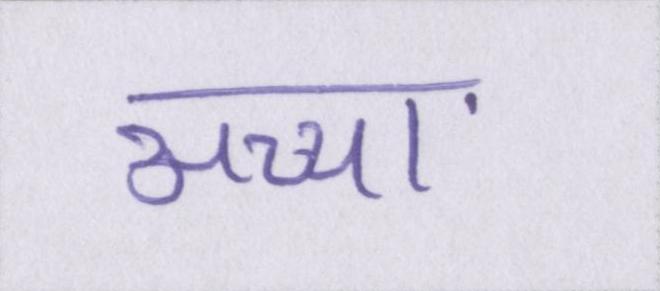
अच्चा